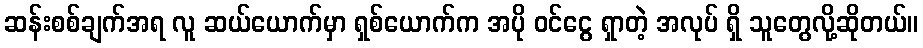
ဆန်းစစ်ချက်အရ လူ ဆယ်ယောက်မှာ ရှစ်ယောက်က အပို ဝင်ငွေ ရှာတဲ့ အလုပ် ရှိ သူတွေလို့ဆိုတယ်။